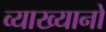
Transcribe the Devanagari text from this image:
व्याख्यानो